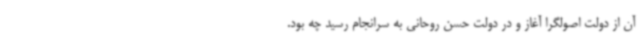
آن از دولت اصولگرا آغاز و در دولت حسن روحانی به سرانجام رسید چه بود.